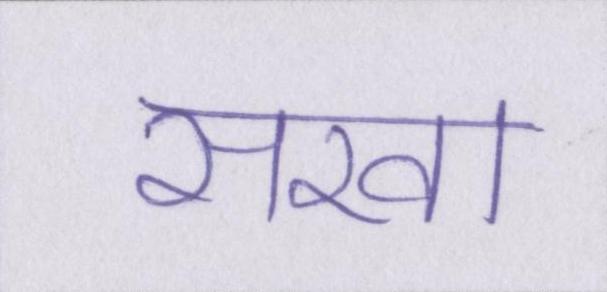
सखा